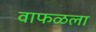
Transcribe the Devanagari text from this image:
वाफळला